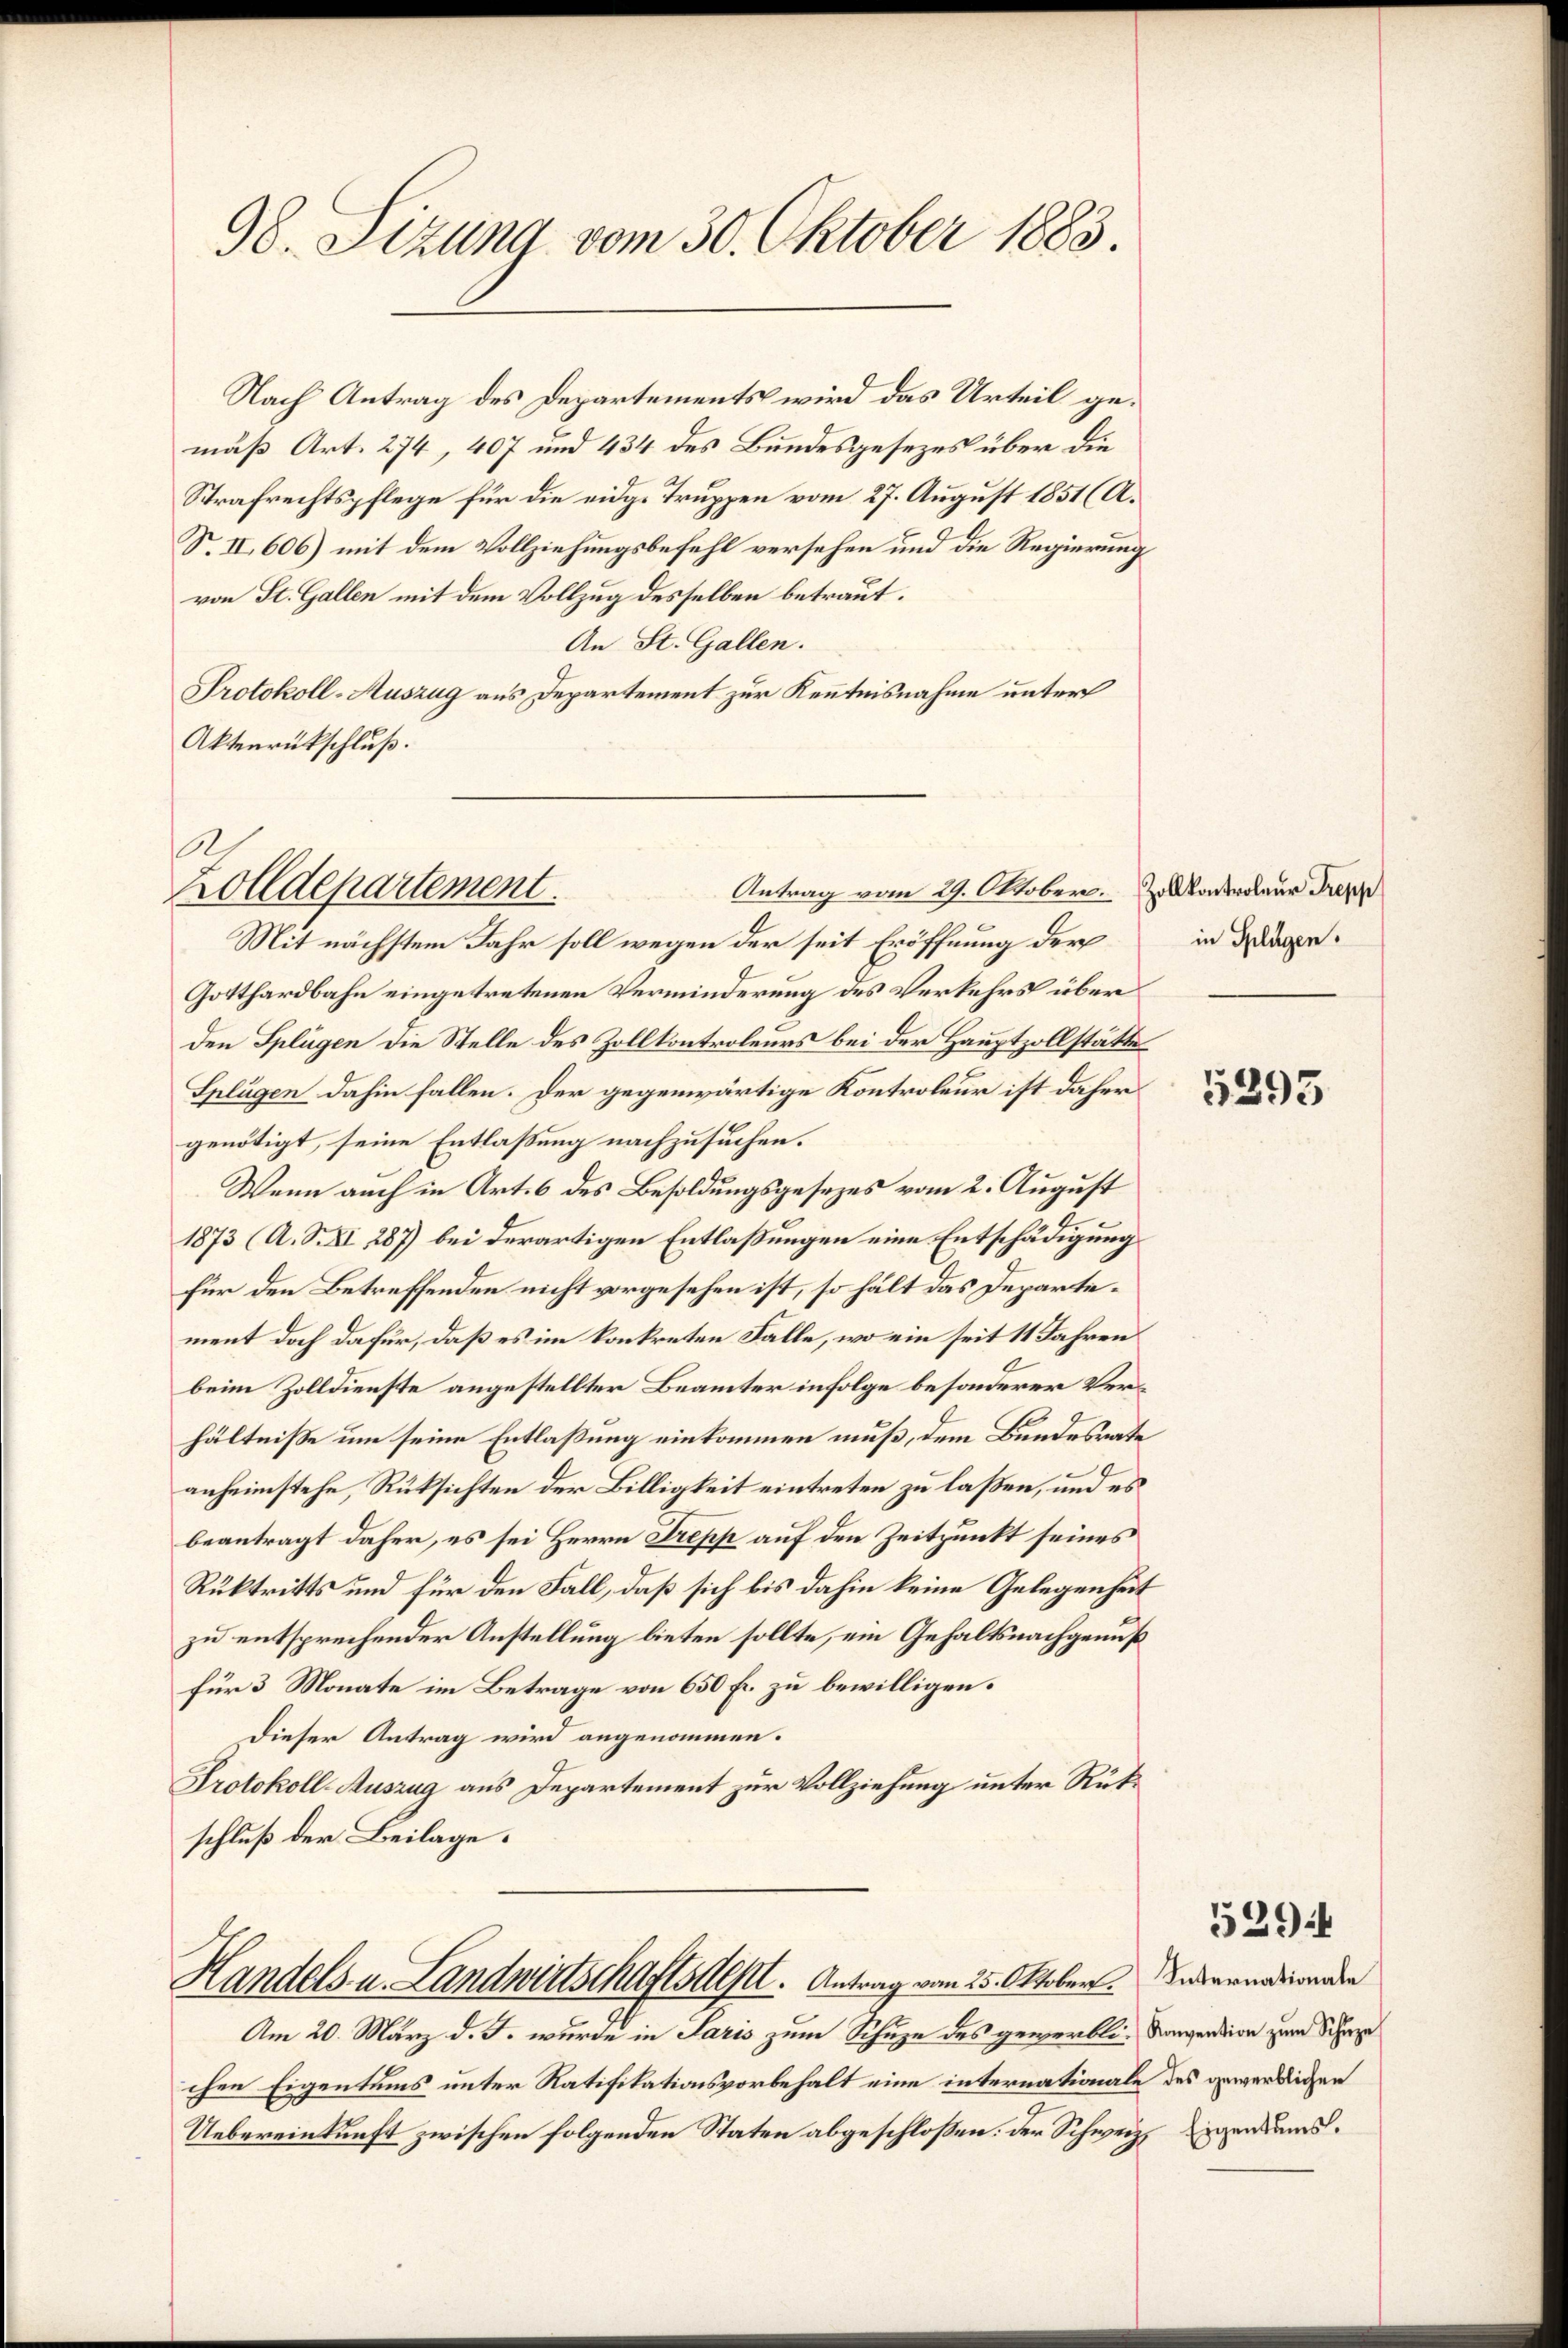
98. Setzung vom 30. Oktober 1883.

Nach Antrag des Departements wird das Urteil gemäß Art. 274, 407 und 434 des Bundesgesezes über die
Strafrechtspflege für die eidg. Truppen vom 27. August 1851 (A.
S. II, 606) mit dem Vollziehungsbefehl versehen und die Regierung
von St. Gallen mit dem Vollzug desselben betraut.
An St. Gallen.
Protokoll-Auszug aus Departement zur Kenntnisnahme unter
Aktenrückschluß.

Gotthardbahn eingetretenen Verminderung des Verkehrs über
den Splügen die Stelle des Zollkontroleurs bei der Hauptzollstätte
Splügen dahin fallen. Der gegenwärtige Kontroleur ist daher
genötigt, seine Entlaßung nachzusuchen.
Wenn auch in Art. 6 des Besoldungsgesezes vom 2. August
1873 (A. S. XI 287) bei derartigen Entlaßungen eine Entschädigung
für den Betreffenden nicht vorgesehen ist, so hält das Departement doch dafür, daß es im konkreten Falle, wo ein seit 11 Jahren
beim Zolldienste angestellter Beamter infolge besonderer Verhältniße um seine Entlaßung einkommen muß, dem Bundesrate
anheimstehe, Rüksichten der Billigkeit eintreten zu laßen, und es
beantragt daher, es sei Herrn Trepp auf den Zeitpunkt seines
Rüktritts und für den Fall, daß sich bis dahin keine Gelegenheit
zu entsprechender Anstellung bieten sollte, ein Gehaltsnachgenuß
für 3 Monate im Betrage von 650 Fr. zu bewilligen.
Dieser Antrag wird angenommen.
Protokoll-Auszug aus Departement zur Vollziehung unter Rükschluß der Beilage.

.
Zolldepartement.
Antrag vom 29. Oktober. Zoll kontroleur Trepp
Mit nächstem Jahr soll wegen der seit Eröffnung der in dingen

Handels- u. Landwirtschaftsdest. Antrag vom 25. Oktober. Indernation den

Am 20. März d. J. wurde in Saris zum Schuze des gewerblie Konvention zum Schaze
chen Eigentums unter Ratifikationsvorbehalt eine internationale des gewerblichen
Uebereinkunft zwischen folgenden Staten abgeschloßen. Der Schweiz. Eigentums¬

5293

5294